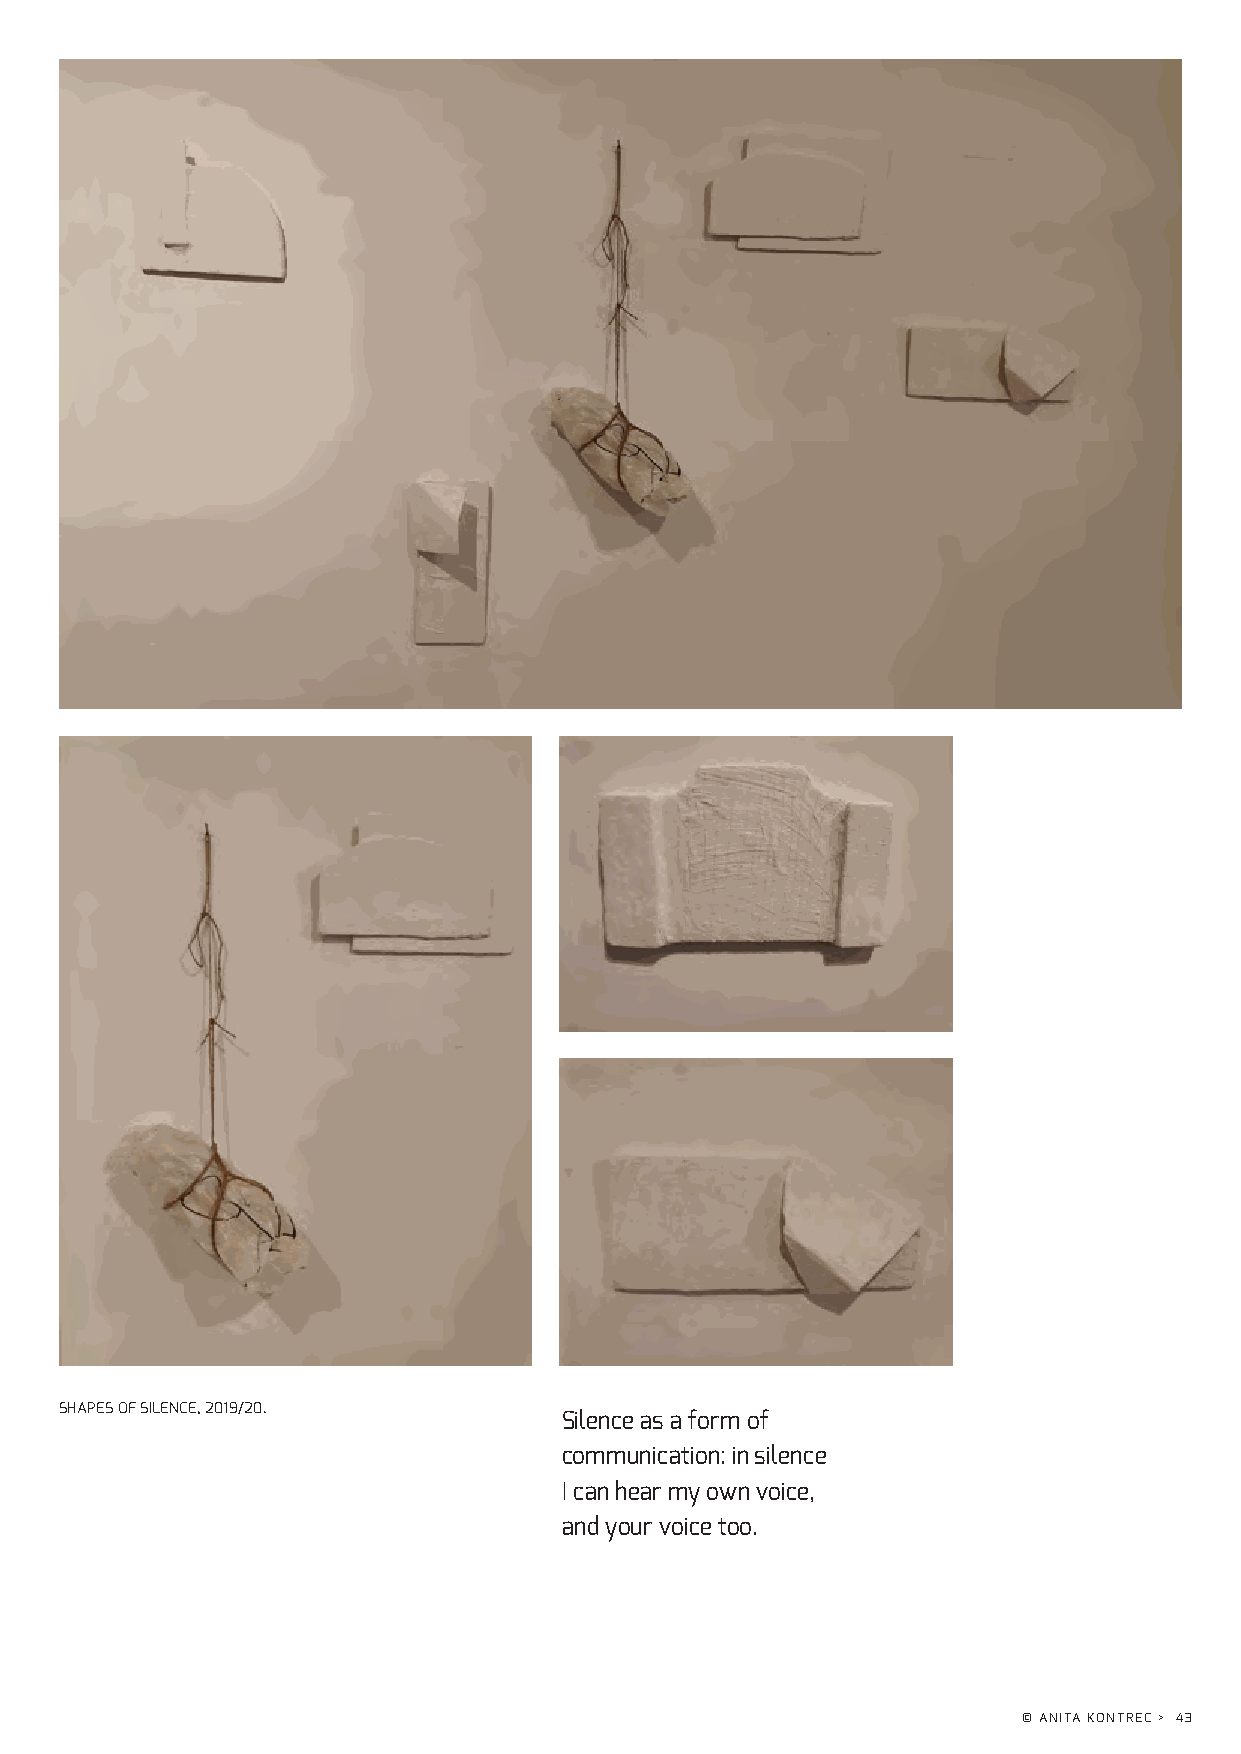
SHAPES OF SILENCE, 2019/20.
 Silence as a form of
 communication: in silence
 I can hear my own voice,
 and your voice too.
 © ANITA KONTREC > 43